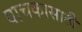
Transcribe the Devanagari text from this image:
वाचकासाठी